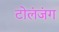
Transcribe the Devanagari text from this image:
टोलंजंग